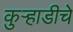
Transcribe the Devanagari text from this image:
कुऱ्हाडीचे